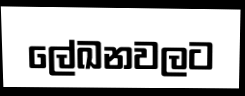
ලේඛනවලට